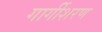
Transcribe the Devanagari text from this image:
गार्गीशरण